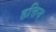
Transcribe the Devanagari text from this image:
हत्तिन